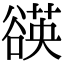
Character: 𧯀